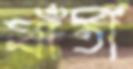
যাঁতী